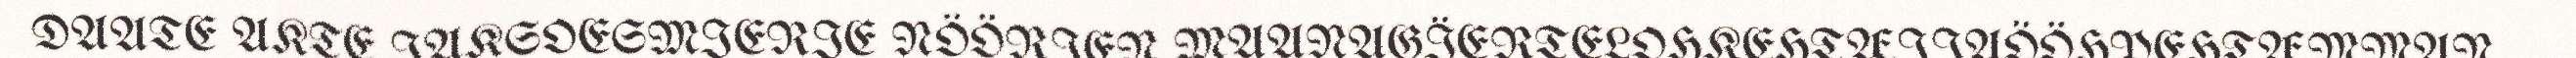
DAATE AKTE JAKSOESMIERIE NÖÖRJEN MAANAGÏERTELOHKEHTÆJJAÖÖHPEHTÆMMAN,